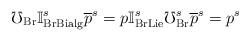
LaTeX: \begin{align*}\mho _{\mathrm{Br}}\mathbb{I}_{\mathrm{BrBialg}}^{s}\overline{p}^{s}=p\mathbb{I}_{\mathrm{BrLie}}^{s}\mho _{\mathrm{Br}}^{s}\overline{p}^{s}=p^{s} \end{align*}